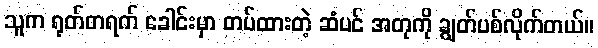
သူက ရုတ်တရက် ခေါင်းမှာ တပ်ထားတဲ့ ဆံပင် အတုကို ချွတ်ပစ်လိုက်တယ်။